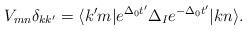
LaTeX: \begin{align*}V_{mn}\delta_{kk^{\prime}}=\langle k^{\prime}m|e^{\Delta_{0}t'}\Delta_{I}e^{-\Delta_{0}t'}|kn\rangle.\end{align*}